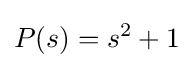
P(s)=s^{2}+1